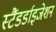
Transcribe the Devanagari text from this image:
स्टैंडर्डाइजेशन